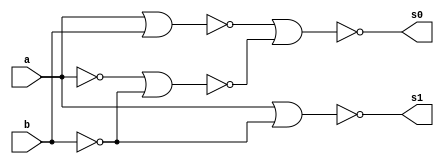
// ---------------------
// Guia 03_05 - Meia Diferenca NOR
// Nome: Heitor Terozendi
// ---------------------

// ---------------------
// -- meia diferenca
// ---------------------

module meiadiferenca (s0, s1, a, b);
 output s0, s1;
 input  a, b;
 wire s2,s3,s4,s5,s6;
 
 nor norgate1 (s2, a, a);
 nor norgate2 (s3, b, b);
 nor norgate3 (s4, s2, s3);
 nor norgate4 (s5, a, b);
 nor norgate5 (s0, s5, s4);
 nor norgate6 (s6, s2, s2);
 nor norgate7 (s1, s6, s3);
 
 endmodule //meiadiferenca

// --------------------------
// -- test meia diferenca nor
// --------------------------

module testmeiadiferenca;
 reg   a, b;             
 wire  s0, s1;
          // instancia
 meiadiferenca MEIADIFERENCA1 (s0, s1, a, b);

 initial begin:start
      a=0; b=0;
 end

          // parte principal
 initial begin:main
      $display("Guia 03_05 - Heitor Terozendi - 396698");
      $display("Test Meia Diferenca NOR gate");
      $display("\n a | b = s0 s1\n");
      $monitor(" %b | %b = %b %b", a, b, s0, s1);
  #1  a=0; b=1; 
  #1  a=1; b=0; 
  #1  a=1; b=1; 
  
 end

endmodule // testmeiadiferenca